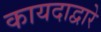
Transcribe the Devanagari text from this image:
कायदाद्वारे